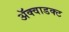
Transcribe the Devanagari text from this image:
ॲक्वाडक्ट